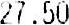
27.50